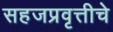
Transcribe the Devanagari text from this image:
सहजप्रवृत्तीचे